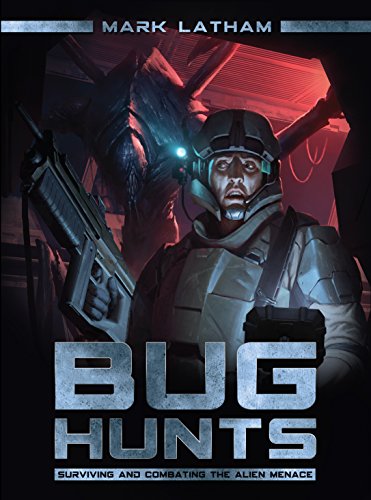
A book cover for Bug Hunts: Surviving and Combating the Alien Menace (Dark); Mark Latham; Science Fiction & Fantasy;